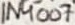
Text: 1N4007